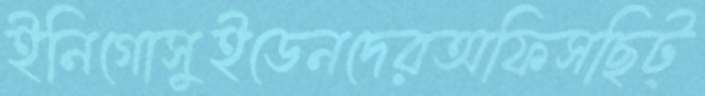
ইনিগোসুইডেনদেরঅফিসছিট্